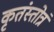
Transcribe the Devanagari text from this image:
कृतंस्तोत्रं